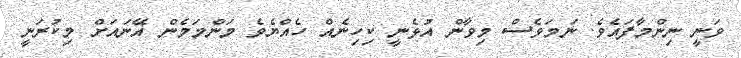
ވަނީ ނިންމާފައެވެ. ނަމަވެސް މިވާން އުޅެނީ ކިހިނެއް ހެއްޔެވެ މަންމަމެން އޭނައަށް މިކުރަނީ